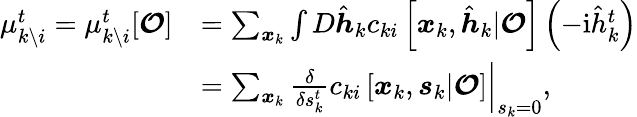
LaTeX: \begin{array}{rl}{\mu_{k\setminus i}^{t}=\mu_{k\setminus i}^{t}[\boldsymbol{\mathcal{O}}]}&{=\sum_{\boldsymbol{x}_{k}}\int D\hat{\boldsymbol{h}}_{k}c_{ki}\left[\boldsymbol{x}_{k},\hat{\boldsymbol{h}}_{k}|\boldsymbol{\mathcal{O}}\right]\left(-\mathrm{i}\hat{h}_{k}^{t}\right)}\\ &{=\sum_{\boldsymbol{x}_{k}}\left.\frac{\delta}{\delta s_{k}^{t}}c_{ki}\left[\boldsymbol{x}_{k},\boldsymbol{s}_{k}|\boldsymbol{\mathcal{O}}\right]\right|_{s_{k}=0},}\end{array}